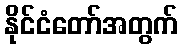
နိုင်ငံတော်အတွက်